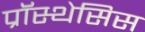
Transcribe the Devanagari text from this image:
प्रॉस्थेसिस